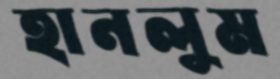
হানলুম